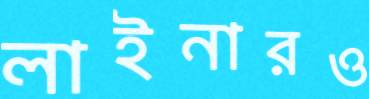
লাইনারও